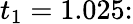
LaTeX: t_{1}=1.025\colon